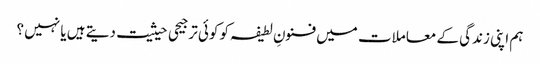
ہم اپنی زندگی کے معاملات میں فنونِ لطیفہ کو کوئی ترجیحی حیثیت دیتے ہیں یا نہیں ؟